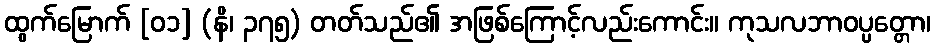
ထွက်မြောက် [၀၁] (နိ၊ ၃၇၅) တတ်သည်၏ အဖြစ်ကြောင့်လည်းကောင်း။ ကုသလဘာဝပ္ပတ္တော၊